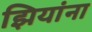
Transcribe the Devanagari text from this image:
झियांना